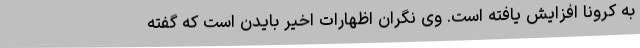
به کرونا افزایش یافته است. وی نگران اظهارات اخیر بایدن است که گفته